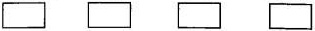
\square \square \square \square